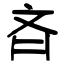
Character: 斉